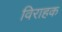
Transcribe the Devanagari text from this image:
विराहक